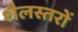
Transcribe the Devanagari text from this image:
शैलस्तरों